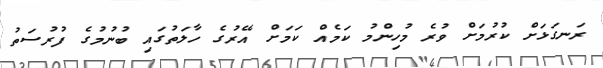
ރަނގަޅަށް ކުރުމަށް ވުރެ މުހިންމު ކަމެއް ކަމަށް އޭރުގެ ހާލަތުގައި ބުނުމުގެ ފުރުސަތު